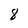
Character: 8